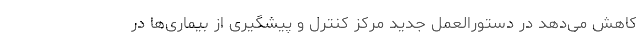
کاهش می‌دهد در دستورالعمل جدید مرکز کنترل و پیشگیری از بیماری‌ها در